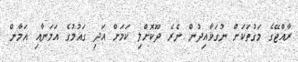
ރާއްޖޭގެ މަގުތަކަށް ނުގަވާއިދުން ނެރެ ދޫކޮށްލި ކަމަށް އަދި ގައުމުގެ އަމަނާއި އަމާން